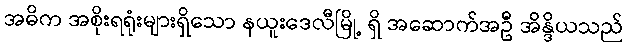
အဓိက အစိုးရရုံးများရှိသော နယူးဒေလီမြို့ ရှိ အဆောက်အဦ အိန္ဒိယသည်